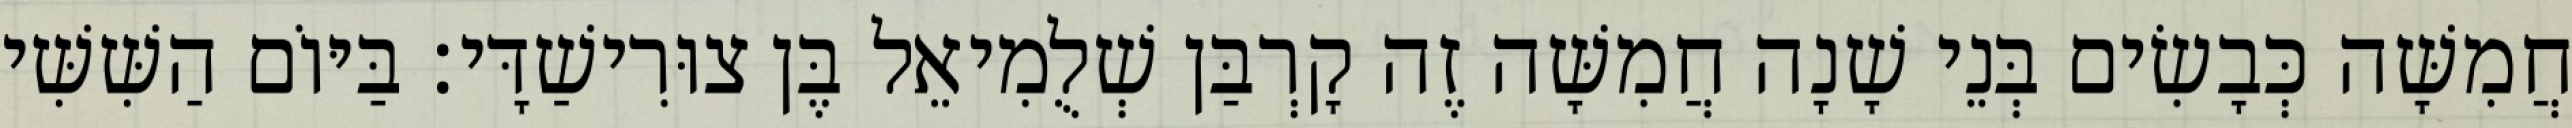
חֲמִשָּׁה כְּבָשִׂים בְּנֵי שָׁנָה חֲמִשָּׁה זֶה קָרְבַּן שְׁלֻמִיאֵל בֶּן צוּרִישַׁדָּי׃ בַּיּוֹם הַשִּׁשִּׁי